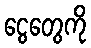
ငွေတွေကို